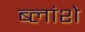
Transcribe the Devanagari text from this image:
ब्लांशे